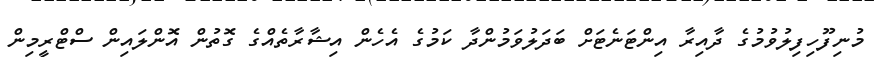
މުނިފޫހިފިލުވުމުގެ ދާއިރާ އިންޓަނެޓަށް ބަދަލުވަމުންދާ ކަމުގެ އެހެން އިޝާރާތެއްގެ ގޮތުން އޮންލައިން ސްޓްރީމިން